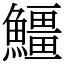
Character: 䲔